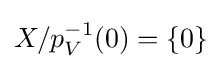
X/p_{V}^{-1}(0)=\{0\}